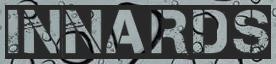
INNARDS